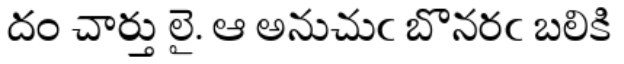
దం చార్తు లై. ఆ అనుచుఁ బొనరఁ బలికి